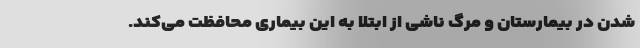
شدن در بیمارستان و مرگ ناشی از ابتلا به این بیماری محافظت می‌کند.